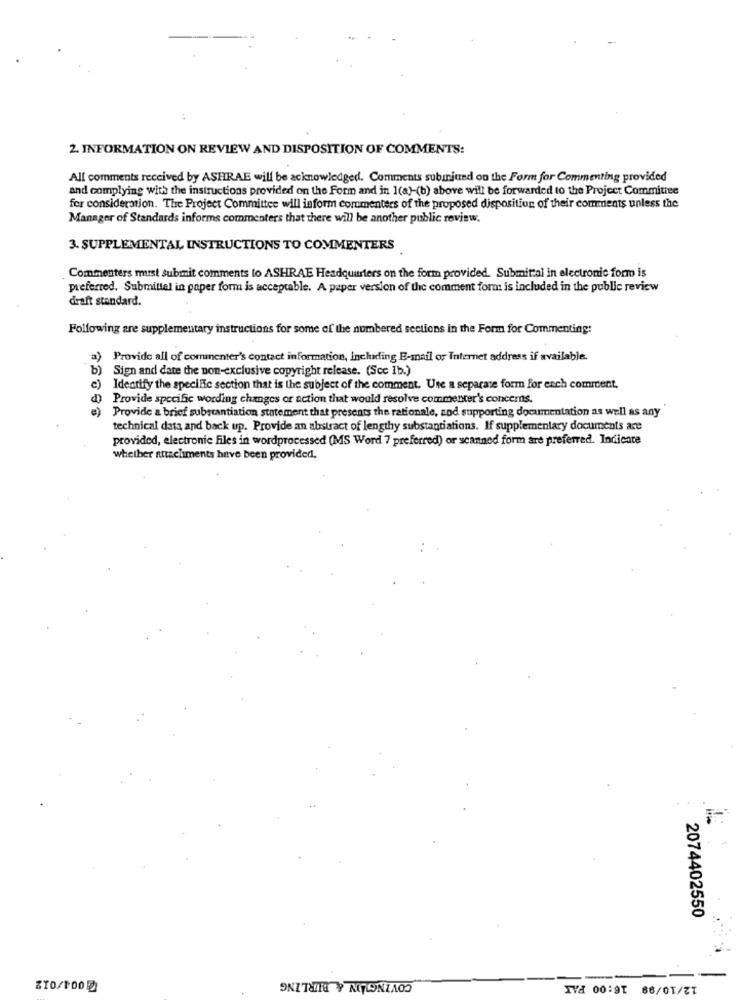
2. INFORMATION ON REVIEW AND DISPOSITION OF COMMENTS:
All comments received by ASHRAE will be acknowledged. Comments subinjured on the Form for Commenting provided
and complying with the instructions provided on the Form and in 1(a)-(b) above will be forwarded to the Project Committee
for consideration. The Project Committee will inform commenters of the proposed disposition of their comments unless the
Manager of Standards informs commenters that there will be another public review.
3. SUPPLEMENTAL INSTRUCTIONS TO COMMENTERS
Commenters must submit comments to ASHRAE Headquarters on the form provided. Submittal in electronic form is
preferred. Submittel in paper form is acceptable. A paper version of the comment form is included in the public review
draft standard.
Following are supplementary instructions for some of the numbered sections in the Form for Commenting:
a)
Provide all of commenter's contact information, Including E-mail or Internet address if available.
b)
Sign and date the non-exclusive copyright release. (Scc Ib.)
c) Identify the specific section that is the subject of the comment. Use a separate form for ench comment.
d) Provide specific wording changes or action that would resolve commenter's concerns.
e) Provide a brief substantiation statement that presents the rationale, aod supporting documentation as well as any
technical data and back up. Provide an abstract of lengthy substantiations. If supplementary documents are
provided, electronic files in wordprocessed (MS Word 7 preferred) or scanned form are preferred. Indicate
whether attachments have been provided.
2074402550
12/10/99 16:00 PAR
Z10/100
ONIT&IA Y MALONZAOS